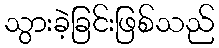
သွားခဲ့ခြင်းဖြစ်သည်